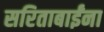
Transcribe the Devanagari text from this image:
सरिताबाईंना